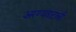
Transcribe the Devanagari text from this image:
अरण्यवाटांची